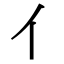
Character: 亻